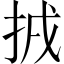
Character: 𢬮